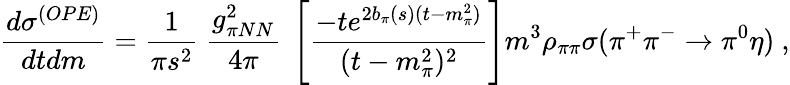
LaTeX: \frac{d\sigma^{(OPE)}}{dtdm}=\frac{1}{\pi s^{2}}\ \frac{g_{\pi NN}^{2}}{4\pi}\ \left[\frac{-te^{2b_{\pi}(s)(t-m_{\pi}^{2})}}{(t-m_{\pi}^{2})^{2}}\right]m^{3}\rho_{\pi\pi}\sigma(\pi^{+}\pi^{-}\rightarrow\pi^{0}\eta)\ ,